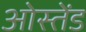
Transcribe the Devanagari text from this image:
ओस्तेंड